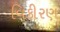
વિકીરણ